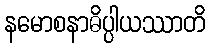
နမောစနာဓိပ္ပါယဿာတိ